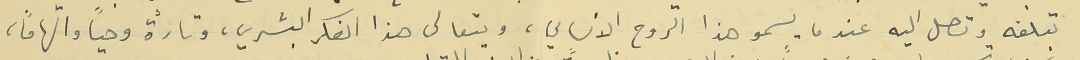
تبلغه وتصل اليه عندما يسمو هذا الروح الانساني، ويتعالى هذا الفكر البشري، وتارةً وحياً والهاماً،